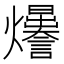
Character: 𤓊